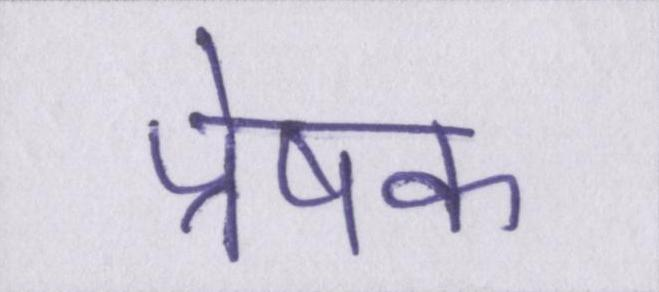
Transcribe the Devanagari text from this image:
प्रेषक